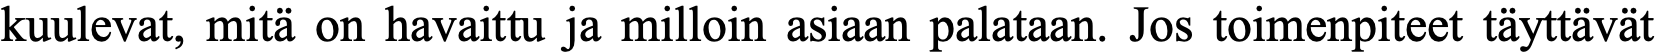
kuulevat, mitä on havaittu ja milloin asiaan palataan. Jos toimenpiteet täyttävät